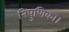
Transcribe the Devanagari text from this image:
निपुणिका।